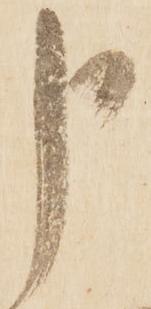
申